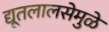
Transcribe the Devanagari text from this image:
द्यूतलालसेमुळे